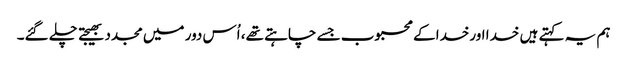
ہم یہ کہتے ہیں خدا اورخدا کے محبوب جسے چاہتے تھے، اُس دور میں مجدد بھیجتے چلے گئے۔